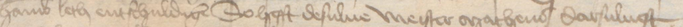
Hamburch leth entschuldigen So hefft desulue meister Matheus darsuluest